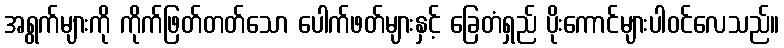
အရွက်များကို ကိုက်ဖြတ်တတ်သော ပေါက်ဖတ်များနှင့် ခြေတံရှည် ပိုးကောင်များပါဝင်လေသည်။